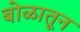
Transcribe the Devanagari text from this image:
बोळातून